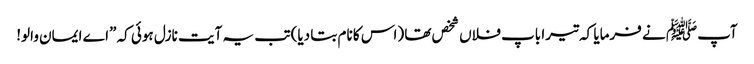
آپﷺ نے فرمایا کہ تیرا باپ فلاں شخص تھا (اس کا نام بتا دیا) تب یہ آیت نازل ہوئی کہ ”اے ایمان والو!